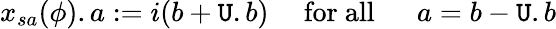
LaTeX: x_{sa}(\phi).a:=i(b+\mathtt{U}.b)\mathrm{{\quad~for~all~\quad~}}a=b-\mathtt{U}.b